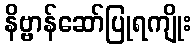
နိဗ္ဗာန်ဆော်ပြုရကျိုး